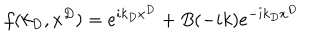
f ( k _ { D } , x ^ { D } ) = e ^ { i k _ { D } x ^ { D } } + B ( - i k ) e ^ { - i k _ { D } x ^ { D } }